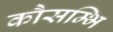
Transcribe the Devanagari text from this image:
कौसम्भि